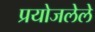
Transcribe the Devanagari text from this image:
प्रयोजलेले